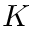
K